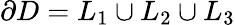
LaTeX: \partial D=L_{1}\cup L_{2}\cup L_{3}